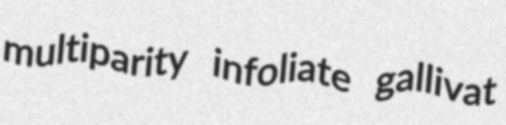
multiparity infoliate gallivat